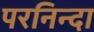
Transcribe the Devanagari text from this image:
परनिन्दा